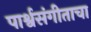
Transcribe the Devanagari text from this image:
पार्श्वसंगीताचा